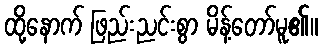
ထို့နောက် ဖြည်းညင်းစွာ မိန့်တော်မူ၏။